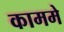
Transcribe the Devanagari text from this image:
काममे